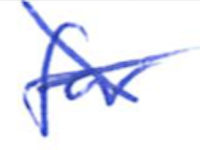
Text: for
Cross-out: mix
Writing tool: ballpoint